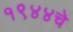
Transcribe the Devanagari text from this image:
१९४४चे